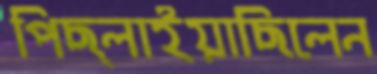
পিছ্‌লাইয়াছিলেন